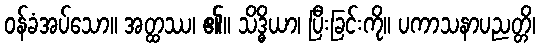
ဝန်ခံအပ်သော။ အတ္ထဿ၊ ၏။ သိဒ္ဓိယာ၊ ပြီးခြင်းကို။ ပကာသနာပညတ္တိ၊